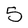
Character: 5